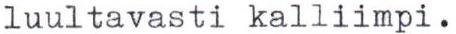
luultavasti kalliimpi.